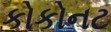
કોકોનટ